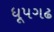
ધૂપગઢ